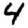
Digit: 4